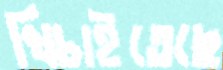
খিচাইতেছে